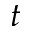
t